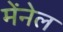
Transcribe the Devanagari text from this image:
मेंनेल